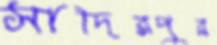
সাদিরপুর